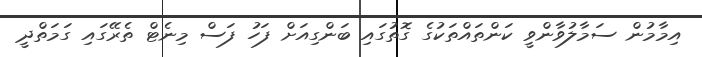
އިމާމުން ސަމާލުވާންވީ ކަންތައްތަކުގެ ގޮތުގައި ބަންގިއަށް ފަހު ފަސް މިނެޓް ތެރޭގައި ގަމަތްދީ